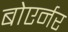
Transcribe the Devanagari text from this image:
बोएर्नर